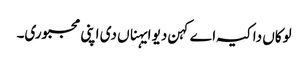
لوکاں دا کیہ اے کہن دیو ایہناں دی اپنی مجبوری۔